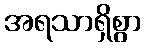
အရသာရှိစွာ